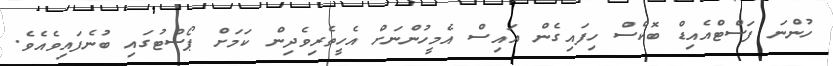
ހުންނަ ފަސްޓްއެއިޑް ބޮކްސް ހިފައިގެން އައިސް އެމީހުންނަށް އެހީތެރިވެދިން ކަމަށް ޕޯސްޓުގައި ބުނެފައިވެއެވެ.